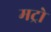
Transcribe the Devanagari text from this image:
मट्रो